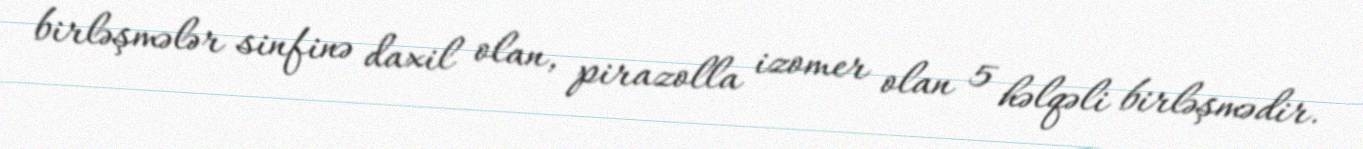
birləşmələr sinfinə daxil olan, pirazolla izomer olan 5 həlqəli birləşmədir.